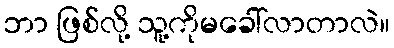
ဘာ ဖြစ်လို့ သူ့ကိုမခေါ်လာတာလဲ။